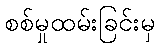
စစ်မှုထမ်းခြင်းမှ